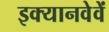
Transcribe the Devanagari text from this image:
इक्यानवेवें